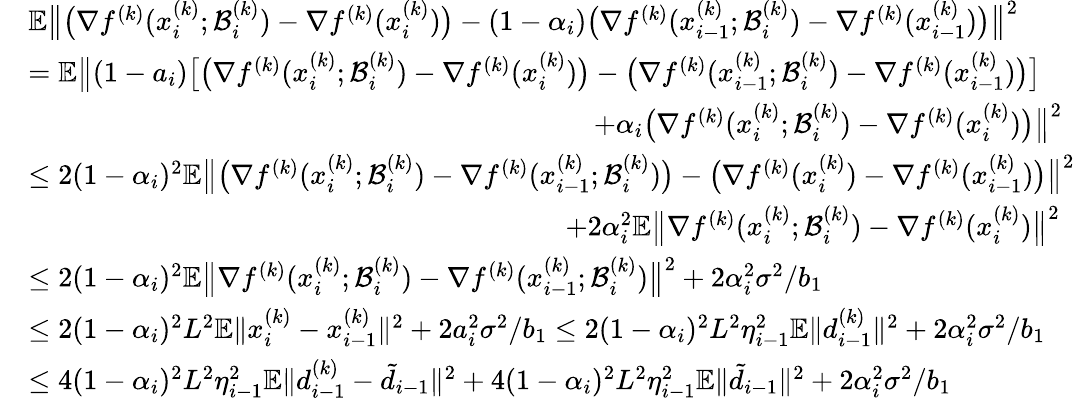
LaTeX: \begin{array}{rl}&{\mathbb{E}\big\| \big(\nabla f^{(k)}(x_{i}^{(k)};\mathcal{B}_{i}^{(k)})-\nabla f^{(k)}(x_{i}^{(k)})\big)-(1-\alpha_{i})\big(\nabla f^{(k)}(x_{i-1}^{(k)};\mathcal{B}_{i}^{(k)})-\nabla f^{(k)}(x_{i-1}^{(k)})\big)\big\| ^{2}}\\ &{=\mathbb{E}\big\| (1-a_{i})\big[\big(\nabla f^{(k)}(x_{i}^{(k)};\mathcal{B}_{i}^{(k)})-\nabla f^{(k)}(x_{i}^{(k)})\big)-\big(\nabla f^{(k)}(x_{i-1}^{(k)};\mathcal{B}_{i}^{(k)})-\nabla f^{(k)}(x_{i-1}^{(k)})\big)\big]}\\ &{\qquad\qquad\qquad\qquad\qquad\qquad\qquad\qquad\qquad\qquad+\alpha_{i}\big(\nabla f^{(k)}(x_{i}^{(k)};\mathcal{B}_{i}^{(k)})-\nabla f^{(k)}(x_{i}^{(k)})\big)\big\| ^{2}}\\ &{\leq 2(1-\alpha_{i})^{2}\mathbb{E}\big\| \big(\nabla f^{(k)}(x_{i}^{(k)};\mathcal{B}_{i}^{(k)})-\nabla f^{(k)}(x_{i-1}^{(k)};\mathcal{B}_{i}^{(k)})\big)-\big(\nabla f^{(k)}(x_{i}^{(k)})-\nabla f^{(k)}(x_{i-1}^{(k)})\big)\big\| ^{2}}\\ &{\qquad\qquad\qquad\qquad\quad\qquad\qquad\qquad\qquad\qquad+2\alpha_{i}^{2}\mathbb{E}\big\| \nabla f^{(k)}(x_{i}^{(k)};\mathcal{B}_{i}^{(k)})-\nabla f^{(k)}(x_{i}^{(k)})\big\| ^{2}}\\ &{\leq 2(1-\alpha_{i})^{2}\mathbb{E}\big\| \nabla f^{(k)}(x_{i}^{(k)};\mathcal{B}_{i}^{(k)})-\nabla f^{(k)}(x_{i-1}^{(k)};\mathcal{B}_{i}^{(k)})\big\| ^{2}+2\alpha_{i}^{2}\sigma^{2}/b_{1}}\\ &{\leq 2(1-\alpha_{i})^{2}L^{2}\mathbb{E}\| x_{i}^{(k)}-x_{i-1}^{(k)}\| ^{2}+2a_{i}^{2}\sigma^{2}/b_{1}\leq 2(1-\alpha_{i})^{2}L^{2}\eta_{i-1}^{2}\mathbb{E}\| d_{i-1}^{(k)}\| ^{2}+2\alpha_{i}^{2}\sigma^{2}/b_{1}}\\ &{\leq 4(1-\alpha_{i})^{2}L^{2}\eta_{i-1}^{2}\mathbb{E}\| d_{i-1}^{(k)}-\tilde{d}_{i-1}\| ^{2}+4(1-\alpha_{i})^{2}L^{2}\eta_{i-1}^{2}\mathbb{E}\| \tilde{d}_{i-1}\| ^{2}+2\alpha_{i}^{2}\sigma^{2}/b_{1}}\end{array}